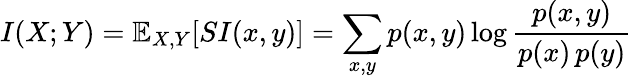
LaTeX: I(X;Y)=\mathbb{E}_{X,Y}[SI(x,y)]=\sum_{x,y}p(x,y)\log{\frac{p(x,y)}{p(x)\, p(y)}}